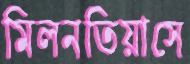
মিলনতিয়াসে